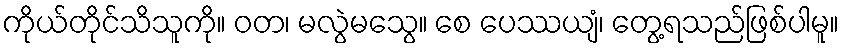
ကိုယ်တိုင်သိသူကို။ ဝတ၊ မလွဲမသွေ။ စေ ပေဿယျံ၊ တွေ့ရသည်ဖြစ်ပါမူ။